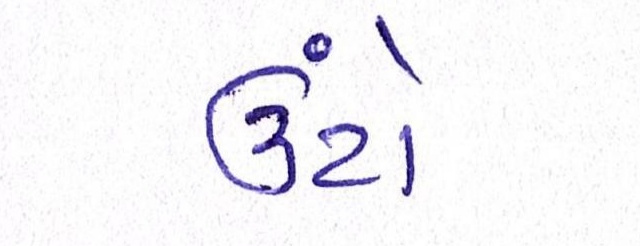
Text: ઉંટો